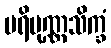
ပရိပုဏ္ဏသိက္ခံ